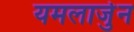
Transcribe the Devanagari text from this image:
यमलार्जुन